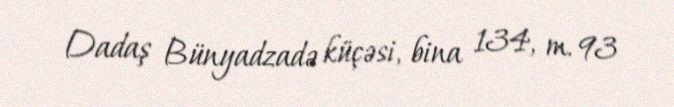
Dadaş Bünyadzadə küçəsi, bina 134, m. 93